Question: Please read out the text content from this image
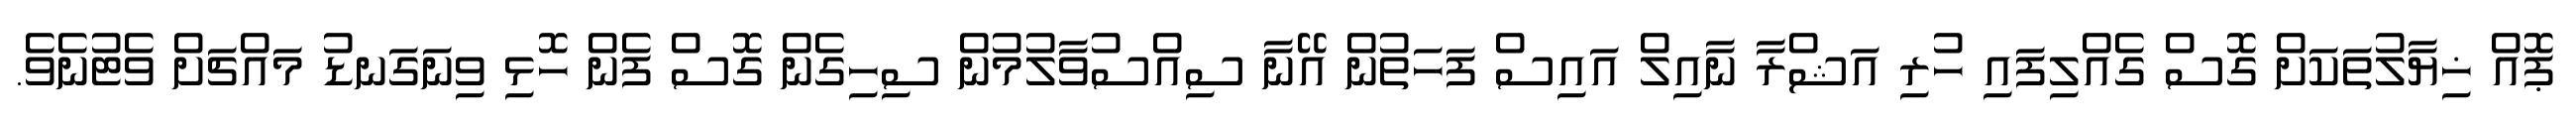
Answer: ޕޮއް ޚިޔާލުތަކަށް ގޮސް ގެއްލިފައި ހުރި އަޝްރާ ނާއިލް އައިސް ފަހަތުން އޭނާ ސިއްސުވާލުމުން ސިހިގެން ގޮސް ފެން ހޮޅި ވިނަގަނޑު މައްޗަށް ވެޓުނެވެ.